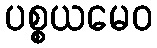
ပစ္စယမေဝ